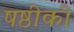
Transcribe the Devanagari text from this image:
षष्ठीकी